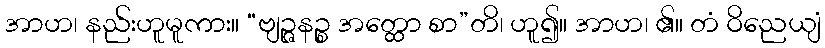
အာဟ၊ နည်းဟူမူကား။ “ဗျဉ္ဇနဉ္စ အတ္ထော စာ”တိ၊ ဟူ၍။ အာဟ၊ ၏။ တံ ဝိညေယျံ